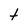
Character: t